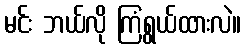
မင်း ဘယ်လို ကြံရွယ်ထားလဲ။